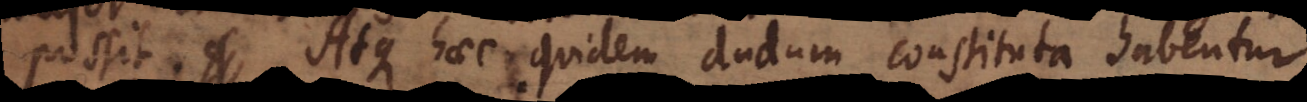
possit. Atque haec quidem dudum constituta habentur.